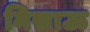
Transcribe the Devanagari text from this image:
निसाऊ